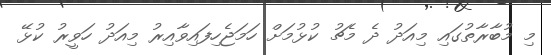
މި މުބާރާތުގައި މިއަދު ދެ މެޗު ކުޅުމަށް ހަމަޖެހިފައިވާއިރު މިއަދު ހަވީރު ކުޅޭ